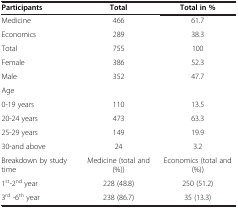
<table><thead><tr><td><b>Participants</b></td><td><b>Total</b></td><td><b>Total in %</b></td></tr></thead><tbody><tr><td>Medicine</td><td>466</td><td>61.7</td></tr><tr><td>Economics</td><td>289</td><td>38.3</td></tr><tr><td>Total</td><td>755</td><td>100</td></tr><tr><td>Female</td><td>386</td><td>52.3</td></tr><tr><td>Male</td><td>352</td><td>47.7</td></tr><tr><td>Age</td><td> </td><td> </td></tr><tr><td>0-19 years</td><td>110</td><td>13.5</td></tr><tr><td>20-24 years</td><td>473</td><td>63.3</td></tr><tr><td>25-29 years</td><td>149</td><td>19.9</td></tr><tr><td>30-and above</td><td>24</td><td>3.2</td></tr><tr><td>Breakdown by study time</td><td>Medicine (total and (%))</td><td>Economics (total and (%))</td></tr><tr><td>1<sup>st</sup>-2<sup>nd</sup> year</td><td>228 (48.8)</td><td>250 (51.2)</td></tr><tr><td>3<sup>rd</sup> -6<sup>th</sup> year</td><td>238 (86.7)</td><td>35 (13.3)</td></tr></tbody></table>